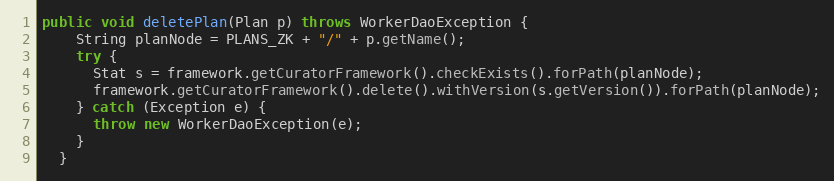
Language: Java
public void deletePlan(Plan p) throws WorkerDaoException {
    String planNode = PLANS_ZK + "/" + p.getName();
    try {
      Stat s = framework.getCuratorFramework().checkExists().forPath(planNode);
      framework.getCuratorFramework().delete().withVersion(s.getVersion()).forPath(planNode);
    } catch (Exception e) {
      throw new WorkerDaoException(e);
    }
  }